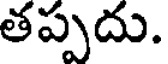
తప్పదు.